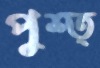
পুশ্ত্